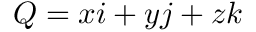
Q = x i + y j + z k